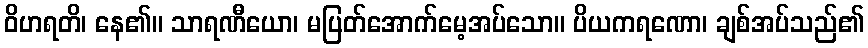
ဝိဟရတိ၊ နေ၏။ သာရဏီယော၊ မပြတ်အောက်မေ့အပ်သော။ ပိယကရဏော၊ ချစ်အပ်သည်၏